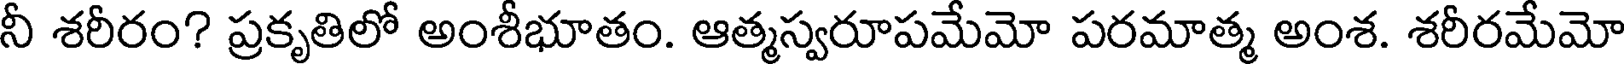
నీ శరీరం? ప్రకృతిలో అంశీభూతం. ఆత్మస్వరూపమేమో పరమాత్మ అంశ. శరీరమేమో